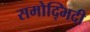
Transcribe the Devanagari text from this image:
समोद्भिदी